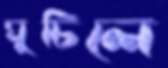
ঘুচিলে